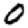
Digit: 0